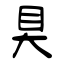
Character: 狊